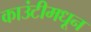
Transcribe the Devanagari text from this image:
काउंटीमधून